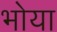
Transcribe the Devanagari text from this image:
भोया